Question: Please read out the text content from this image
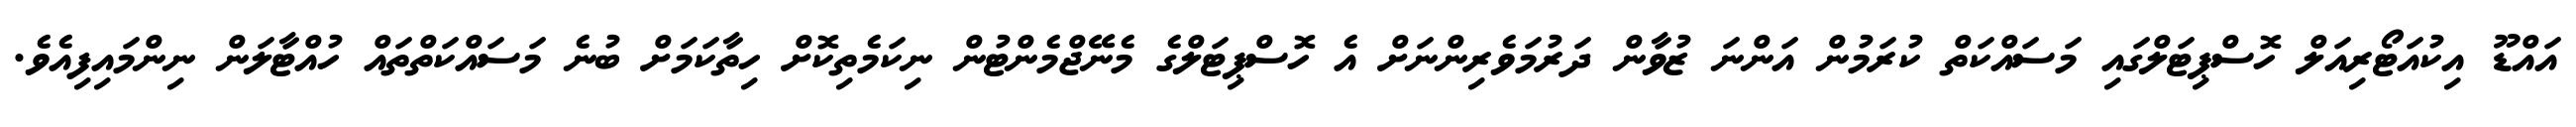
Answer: އައްޑޫ އިކުއަޓޯރިއަލް ހޮސްޕިޓަލްގައި މަސައްކަތް ކުރަމުން އަންނަ ޒުވާން ދަރުމަވެރިންނަށް އެ ހޮސްޕިޓަލްގެ މެނޭޖްމެންޓުން ނިކަމެތިކޮށް ހިތާކަމަށް ބުނެ މަސައްކަތްތައް ހުއްޓާލަން ނިންމައިފިއެވެ.